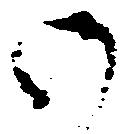
御